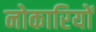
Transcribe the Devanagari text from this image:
नोकारियों